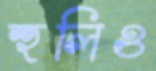
হুলিও